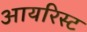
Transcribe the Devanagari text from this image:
आयरिस्ट